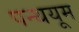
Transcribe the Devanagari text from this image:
पन्थयूम